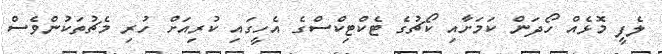
ލެފީ މޮޅެއް ހޯދަން ކަމަށާއި ކޯޗުގެ ޓެކްޓިކްސްގެ އެހީގައި ކުރިއަށް ހުރި މެޗުތަކުންވެސް